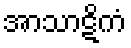
အာသာဋိကံ